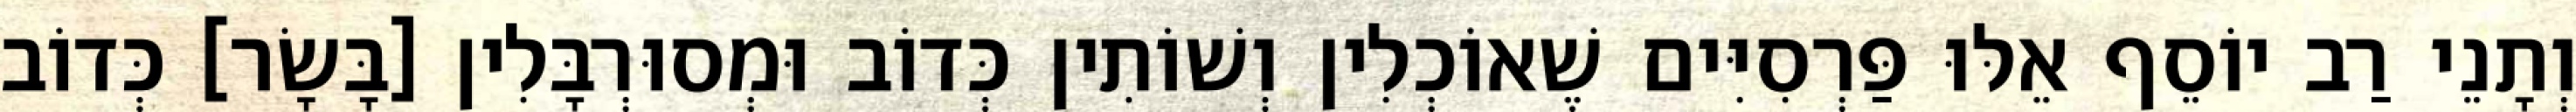
וְתָנֵי רַב יוֹסֵף אֵלּוּ פַּרְסִיִּים שֶׁאוֹכְלִין וְשׁוֹתִין כְּדוֹב וּמְסוּרְבָּלִין [בָּשָׂר] כְּדוֹב